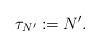
LaTeX: \begin{align*}\tau_{N'}:=N'. \end{align*}